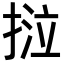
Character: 𢯛